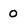
Character: 0